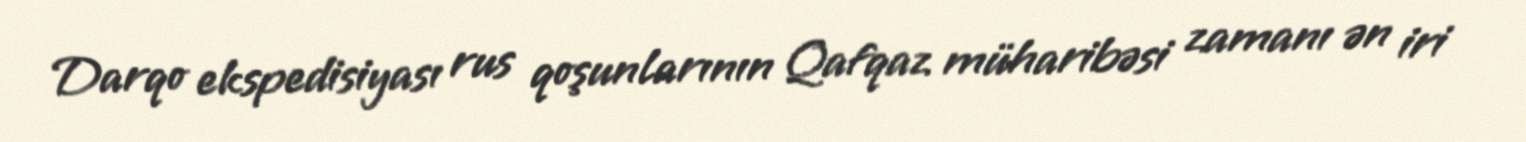
Darqo ekspedisiyası rus qoşunlarının Qafqaz müharibəsi zamanı ən iri